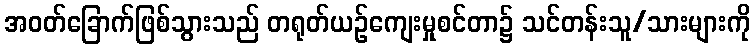
အဝတ်ခြောက်ဖြစ်သွားသည် တရုတ်ယဉ်ကျေးမှုစင်တာ၌ သင်တန်းသူ/သားများကို